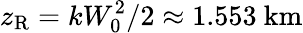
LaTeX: z_{\mathrm{R}}=kW_{0}^{2}/2\approx 1.553~\mathrm{km}